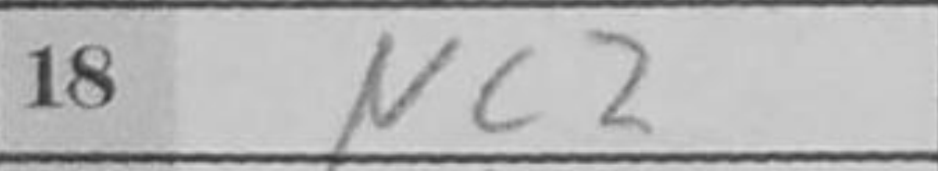
Transcription: Nc2